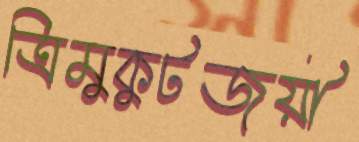
ত্রিমুকুটজয়ী